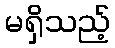
မရှိသည့်